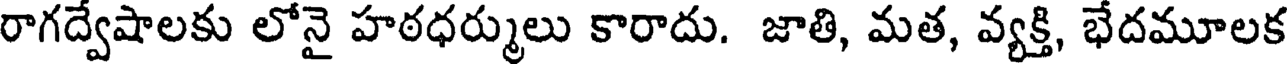
రాగద్వేషాలకు లోనై హఠధర్ములు కారాదు. జాతి, మత, వ్యక్తి, భేదమూలక